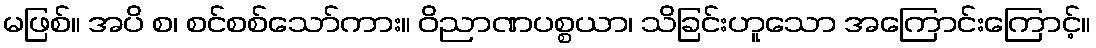
မဖြစ်။ အပိ စ၊ စင်စစ်သော်ကား။ ဝိညာဏပစ္စယာ၊ သိခြင်းဟူသော အကြောင်းကြောင့်။